Vaccine operations Central Provinces 1886-1899 - 1886-1899
Year: 1886
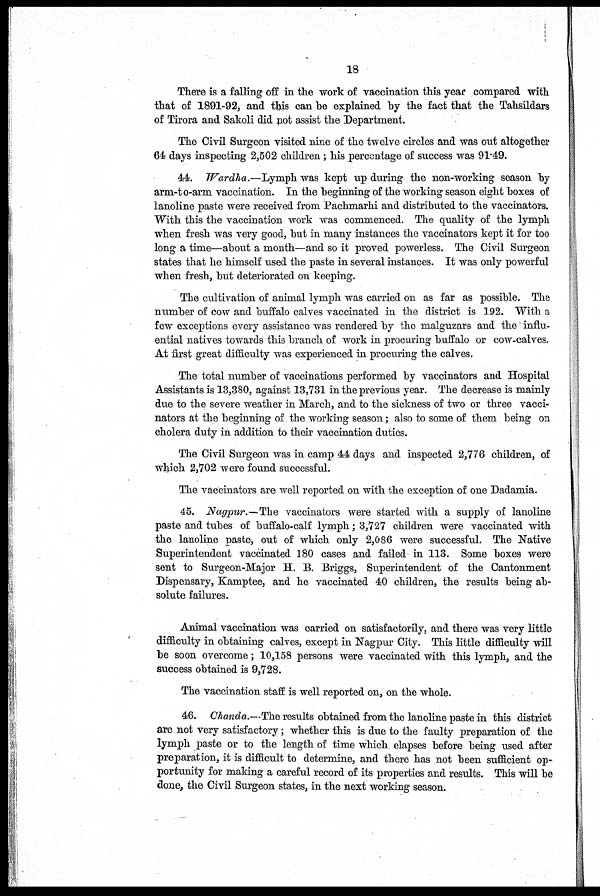
18
There is a falling off in the work of vaccination this year compared with
that of 1891-92, and this can be explained by the fact that the Tahsildars
of Tirora and Sakoli did not assist the Department.
The Civil Surgeon visited nine of the twelve circles and was out altogether
64 days inspecting 2,502 children; his percentage of success was 91.49.
44. Wardha.—Lymph was kept up during the non-working season by
arm-to-arm vaccination. In the beginning of the working season eight boxes of
lanoline paste were received from Pachmarhi and distributed to the vaccinators.
With this the vaccination work was commenced. The quality of the lymph
when fresh was very good, but in many instances the vaccinators kept it for too
long a time—about a month—and so it proved powerless. The Civil Surgeon
states that he himself used the paste in several instances. It was only powerful
when fresh, but deteriorated on keeping.
The cultivation of animal lymph was carried on as far as possible. The
number of cow and buffalo calves vaccinated in the district is 192. With a
few exceptions every assistance was rendered by the malguzars and the influ-
ential natives towards this branch of work in procuring buffalo or cow-calves.
At first great difficulty was experienced in procuring the calves.
The total number of vaccinations performed by vaccinators and Hospital
Assistants is 13,380, against 13,731 in the previous year. The decrease is mainly
due to the severe weather in March, and to the sickness of two or three vacci-
nators at the beginning of the working season; also to some of them being on
cholera duty in addition to their vaccination duties.
The Civil Surgeon was in camp 44 days and inspected 2,776 children, of
which 2,702 were found successful.
The vaccinators are well reported on with the exception of one Dadamia.
45. Nagpur.—The vaccinators were started with a supply of lanoline
paste and tubes of buffalo-calf lymph; 3,727 children were vaccinated with
the lanoline paste, out of which only 2,086 were successful. The Native
Superintendent vaccinated 180 cases and failed in 113. Some boxes were
sent to Surgeon-Major H. B. Briggs, Superintendent of the Cantonment
Dispensary, Kamptee, and he vaccinated 40 children, the results being ab-
solute failures.
Animal vaccination was carried on satisfactorily, and there was very little
difficulty in obtaining calves, except in Nagpur City. This little difficulty will
be soon overcome; 10,158 persons were vaccinated with this lymph, and the
success obtained is 9,728.
The vaccination staff is well reported on, on the whole.
46. Chanda.—The results obtained from the lanoline paste in this district
are not very satisfactory; whether this is due to the faulty preparation of the
lymph paste or to the length of time which elapses before being used after
preparation, it is difficult to determine, and there has not been sufficient op-
portunity for making a careful record of its properties and results. This will be
done, the Civil Surgeon states, in the next working season.